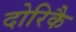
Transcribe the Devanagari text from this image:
दोरिकै